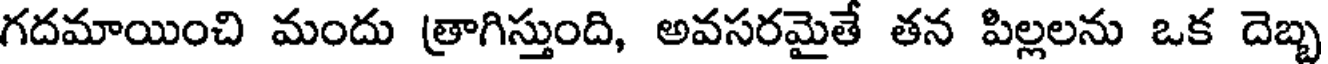
గదమాయించి మందు త్రాగిస్తుంది, అవసరమైతే తన పిల్లలను ఒక దెబ్బ